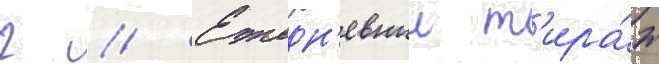
г // Ежедн'евныи т'ира́ж